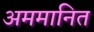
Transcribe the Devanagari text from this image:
अममानित